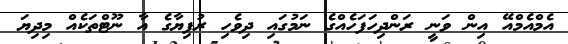
އެމްއެމްއޭ އިން ވަނީ ރަންދިހަފަހެއްގެ ނަމުގައި ދިވެހި ރުފިޔާގެ އާ ނޫޓްތަކެއް މިދިޔަ